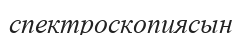
спектроскопиясын